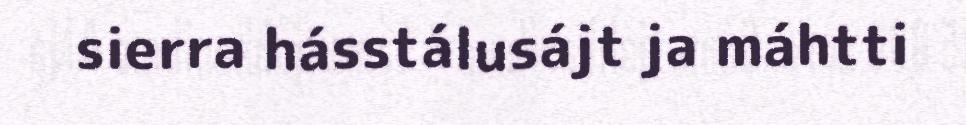
sierra hásstálusájt ja máhtti